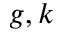
g , k